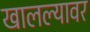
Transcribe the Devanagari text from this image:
खालल्यावर